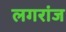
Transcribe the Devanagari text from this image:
लगरांज